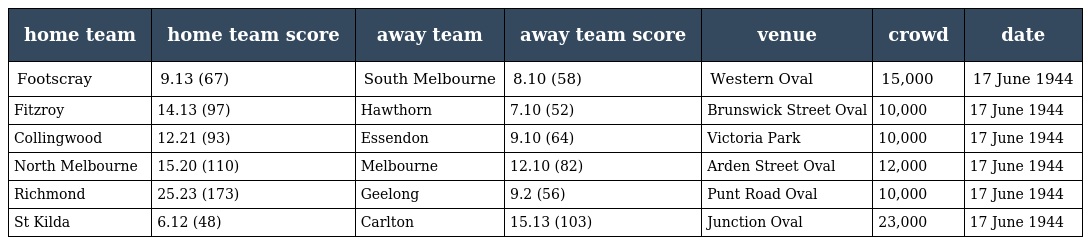
| home team | home team score | away team | away team score | venue | crowd | date |
 | --- | --- | --- | --- | --- | --- | --- |
 | Footscray | 9.13 (67) | South Melbourne | 8.10 (58) | Western Oval | 15,000 | 17 June 1944 |
 | Fitzroy | 14.13 (97) | Hawthorn | 7.10 (52) | Brunswick Street Oval | 10,000 | 17 June 1944 |
 | Collingwood | 12.21 (93) | Essendon | 9.10 (64) | Victoria Park | 10,000 | 17 June 1944 |
 | North Melbourne | 15.20 (110) | Melbourne | 12.10 (82) | Arden Street Oval | 12,000 | 17 June 1944 |
 | Richmond | 25.23 (173) | Geelong | 9.2 (56) | Punt Road Oval | 10,000 | 17 June 1944 |
 | St Kilda | 6.12 (48) | Carlton | 15.13 (103) | Junction Oval | 23,000 | 17 June 1944 |